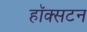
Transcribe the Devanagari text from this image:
हॉक्सटन